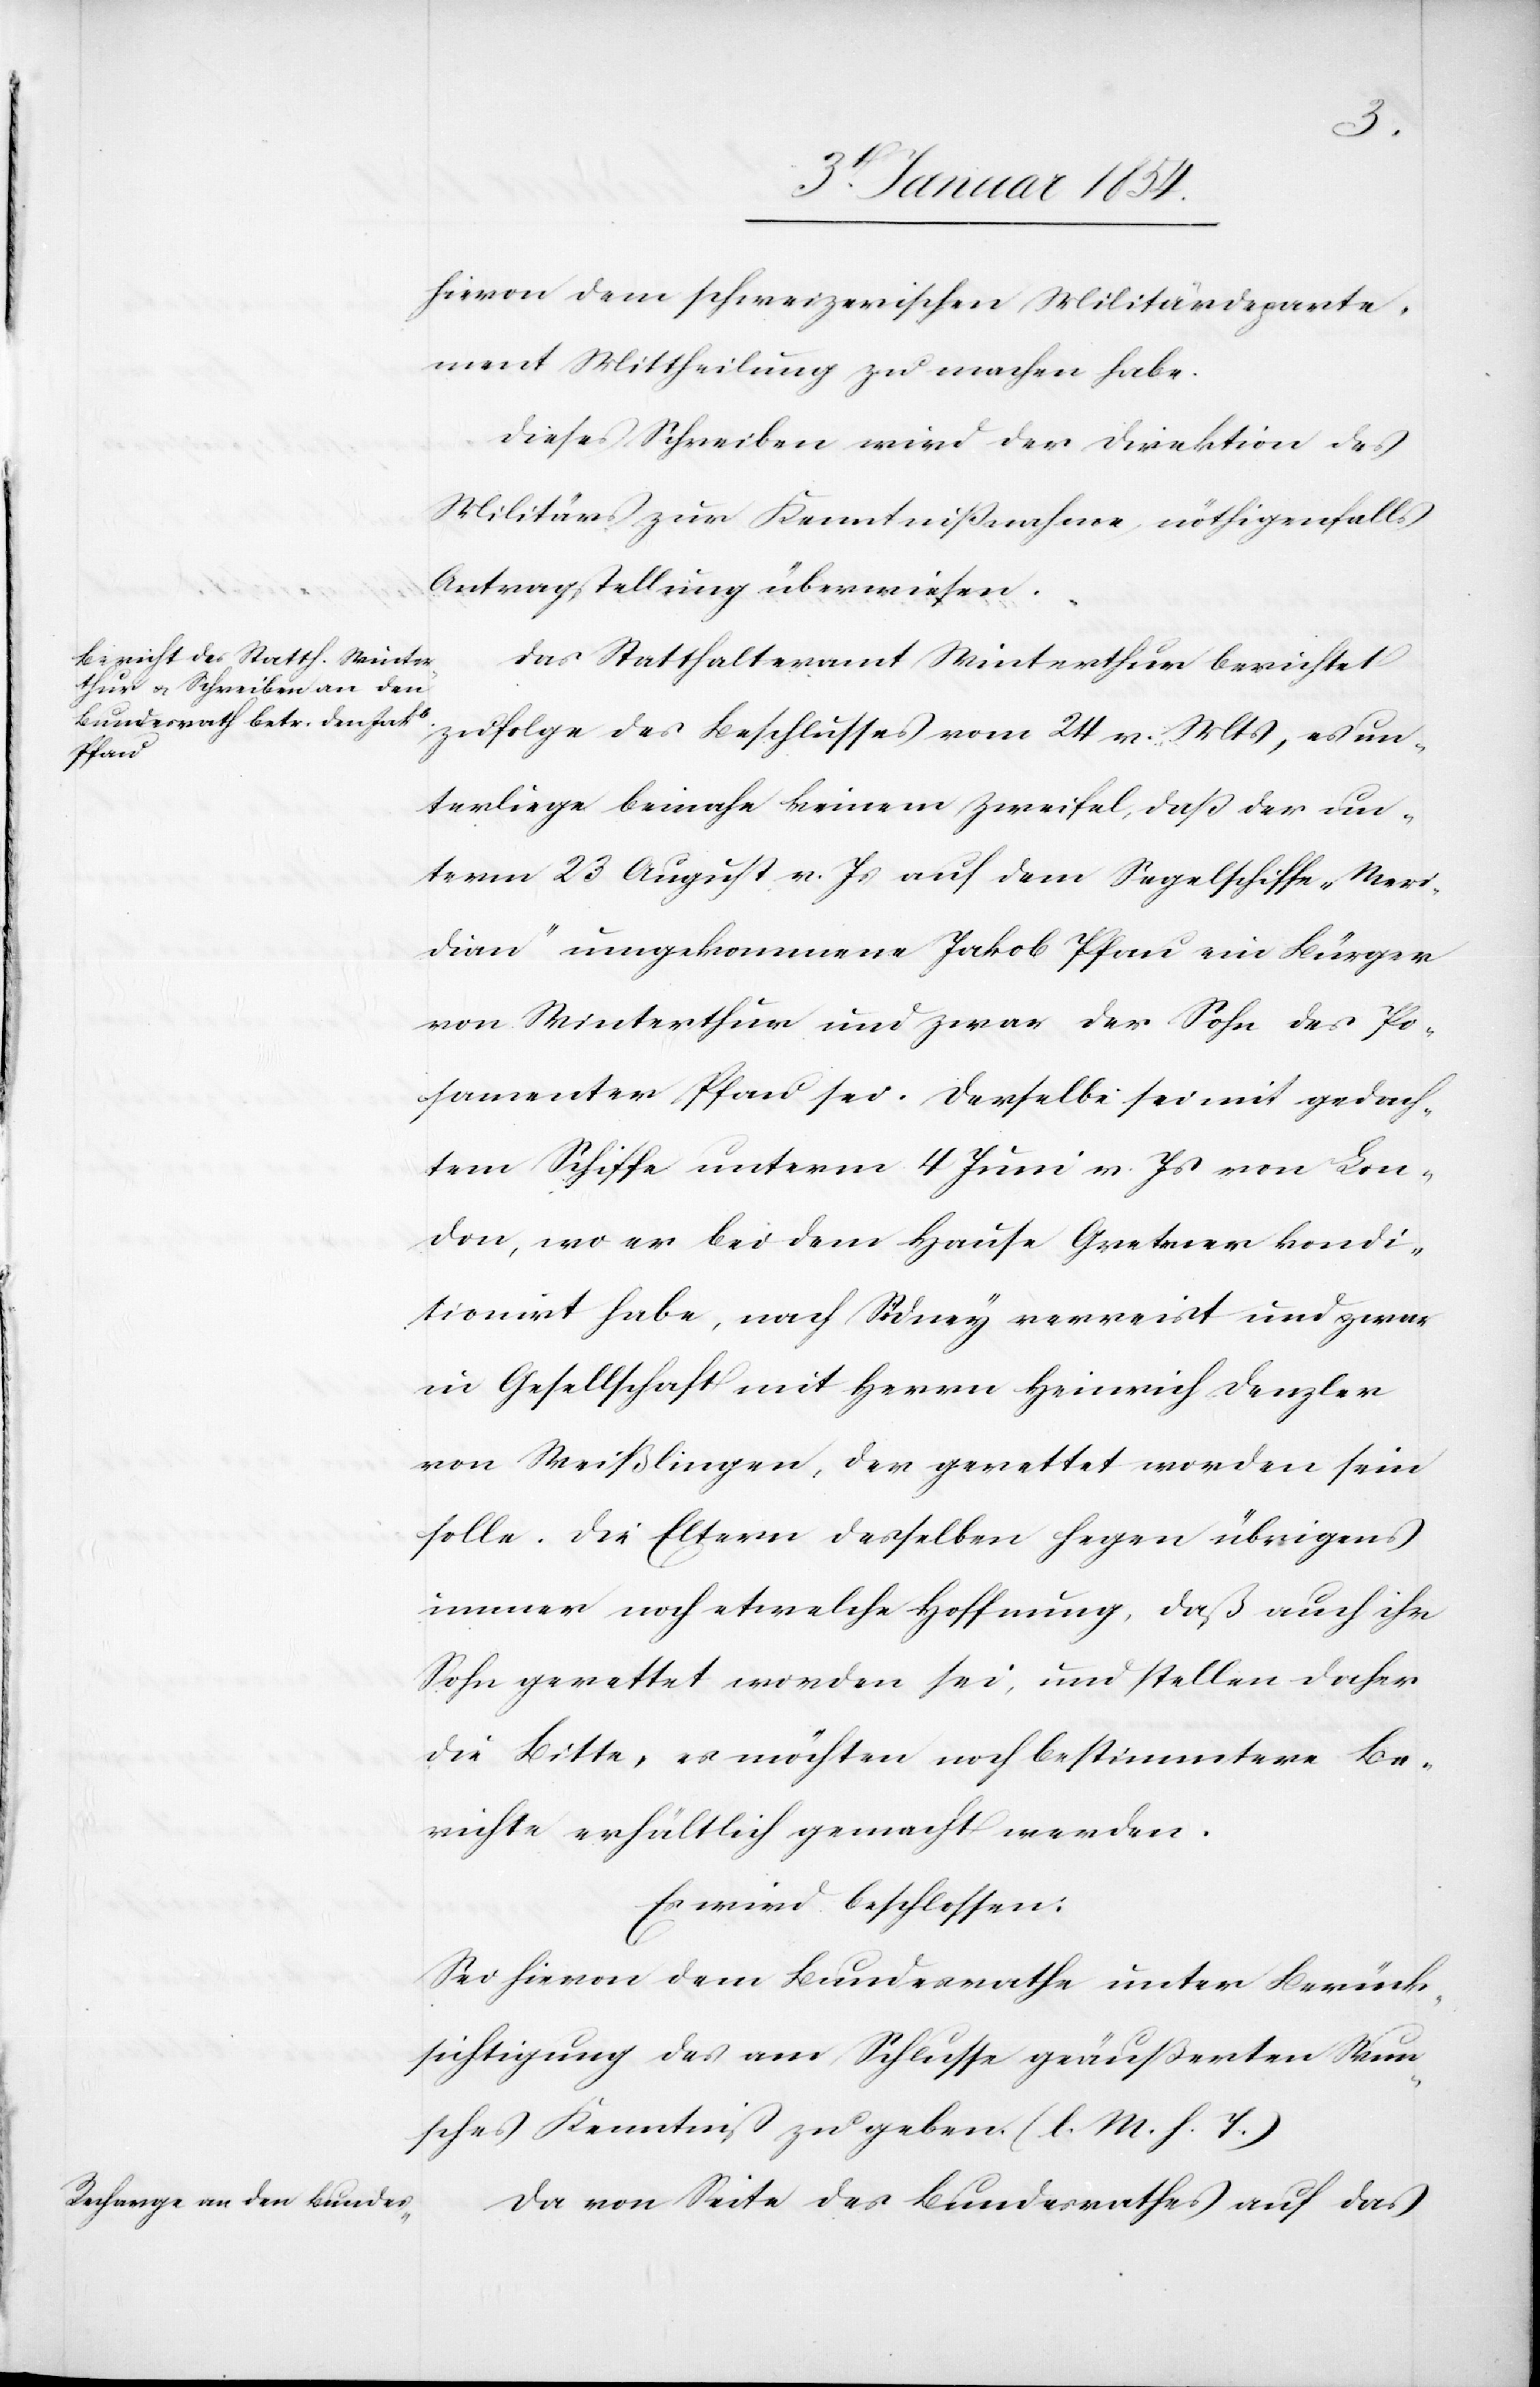
hievon dem schweizerischen Militärdeparte¬
ment Mittheilung zu machen habe.
Dieses Schreiben wird der Direktion des
Militärs zur Kenntnißnahme nöthigenfalls
Antragstellung überwiesen.
Das Statthalteramt Winterthur berichtet
zufolge des Beschlusses vom 24 v. Mts, es un¬
terliege beinahe keinem Zweifel, daß der un¬
term 23 August v. Js auf dem Segelschiffe “Meri¬
dian“ umgekommenen Jakob Pfau ein Bürger
von Winterthur und zwar der Sohn des Po¬
samenter Pfau sei. Derselbe sei mit gedach¬
tem Schiffe unterm 4 Juni v. Js von Lon¬
don, wo er bei dem Hause Gretener kondi¬
tionirt habe, nach Sidney verreist und zwar
in Gesellschaft mit Herrn Heinrich Denzler
von Weißlingen, der gerettet worden sein
solle. Die Eltern desselben hegen übrigens
immer noch etwelche Hoffnung, daß auch ihr
Sohn gerettet worden sei, und stellen daher
die Bitte, es möchten noch bestimmtere Be¬
richte erhältlich gemacht werden.
Es wird beschlossen:
Sei hievon dem Bundesrathe unter Berück¬
sichtigung des am Schlusse geäußerten Wun¬
sches Kenntniß zu geben. (l. M. h. T.)
Da von Seite des Bundesrathes auf das